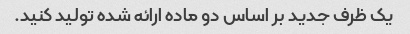
یک ظرف جدید بر اساس دو ماده ارائه شده تولید کنید.